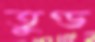
তুণ্ড